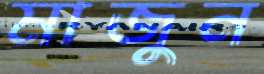
মাজুন